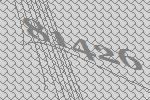
81426